Tezpur Lunatic Asylum reports 1877-1894 - 1877-1894
Year: 1877
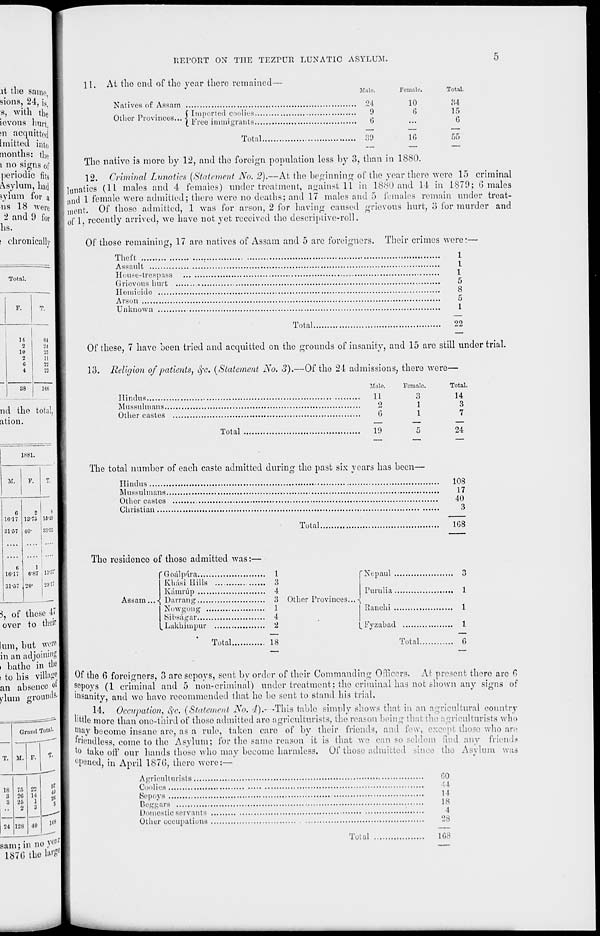
LEPOftT ON THE TEZrUR LUNATIC ASYLUM.
.it the saitio
sions, 24, i s
s, with the
ievous hurt
m acquitted
Imitteu into
months: the
1 no signs of
periodic fits
Asylum, Lad
jylura for a
ns 18 were
2 and 9 f or
bs.
i chronically
11.
Total.
F.
T.
11
M
2
•n
10
23
2
11
6
22
4
22
38
166
nd the tota
ation.
1881.
M.
F.
T.
G
16-17
2
13-70
8
15-19
81'57 40-
33-53
16-17
1
6-87 13-57
31-57 20'
291'
3, of these 47
over to their I
!um, but were
in an adjoining
. bathe'in the
i to bis village
an absence oil
jrlum grounds.
T.
Grand Total.
M. F.
18 75 oo
3 20 14
8 25
1
••
2
3
24 128 40
40
5
its
sam;innoy< : i
1870 the W
At the end of the year there remained
a
,,,,
n
•
( Imported coolies
Other Provinces... < ,,, ' .
( H ree immigrants
Male.
Natives of Assam
24
9
G
Total
39
Female.
10
6
16
Total.
84
15
6
55
The native is more by 12, and the foreign population less by 3, than in 1880.
12. Criminal Lunatics {Statement No. 2).—At the beginning of the year there were 15 criminal
lunatics (11 males and 4 females) under treatment, against 11 in 1880 and 14 in 1879; G males
and 1 female were admitted; there were no deaths; and 17 males and 5 females remain under treat-
ment. Of those admitted, 1 was for arson, 2 for having caused grievous hurt, 3 for murder and
of 1, recently arrived, we have not yet received the descriptive-roll.
Of those remaining, 17 are natives of Assam and 5 arc foreigners. Their crimes were*—•
Theft
Assault
House-trespass
Grievous hurt
Homicide
Arson
Unknown
Total.
1
I
1
5
8
5
1
22
Of these, 7 have been tried and acquitted on the grounds of insanity, and 15 are still under trial.
13. Religion of patients, eye. {Statement No. 3).—Of the 24 admissions, there were—
Hindus
Mussulmans.
Other castes
Total
Male.
Female.
Total
11
3
14
2
1
3
G
1
7
19
5
24
The total number of each caste admitted during the past six years has been-
Ilindus
Mussulmans.
Other castes
Christian ....
Total.
108
17
40
3
108
The residence of those admitted was:—
Assam
'Goal para
1
Khasi Hills
3
Kamrup
4
>{ Darrang
3 Other Provinces.
Nowgong
1
S i 1' s; i g a r
4
ljukhimpur
2
"\
Total.
18
f Nepaul
3
Purulia
1
Ranchi
1
Fyzabad
1
Total
G
Of the 6 foreigners, 3 arc sepoys, sent by order of their Commanding Officers. At present there are G
sepoys (1 criminal and 5 non-criminal) under treatment; the criminal has not shown any signs of
insanity, and we have recommended that he bo sent to stand bis trial,
14. Occupation, fyo. (Statement No. 4).- -This table simply shows that in an agricultural country
little more than one-third of thoso admitted are agriculturists, the reason being that the agriculturists who
ln ;ty become insane are, as a rule, taken care of by their friends, and few, except those who are
friendless, come to the Asylum; for the same reason it is that we can so seldom find any friends
to take off our hands those who may become harmless. Of those admitted since the Asylum was
°Pened, in April 1876, there were:—
Agriculturists
GO
Coolies
11
Sepoys
,
14
Beggars
18
Domestic servants
4
Other occupations
28
Total
168